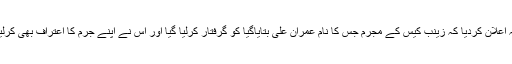
پنجاب کے وزیر اعلی ٰشہباز شریف نے 23جنوری کو ایک پریس کانفرنس میں یہ اعلان کردیا کہ زینب کیس کے مجرم جس کا نام عمران علی بتایاگیا کو گرفتار کرلیا گیا اور اس نے اپنے جرم کا اعتراف بھی کرلیا ہے اب دیکھنا یہ ہے کہ حکمران اور قانون نافذ کرنے والے کیا اقدام اٹھاتے ہیں۔